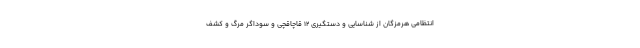
انتظامی هرمزگان از شناسایی و دستگیری 12 قاچاقچی و سوداگر مرگ و کشف